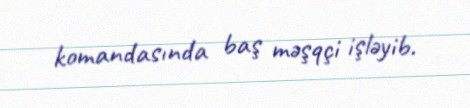
komandasında baş məşqçi işləyib.